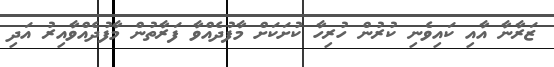
ޒަރާނާ އާއި ކައިވެނި ކުރުން ހުރިހާ ކުށަކަށް މާފުދެއްވާ ފަރާތުން މާފުދެއްވާއިރު އަދި